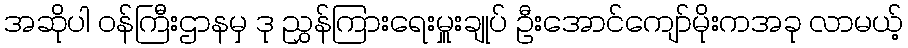
အဆိုပါ ဝန်ကြီးဌာနမှ ဒု ညွှန်ကြားရေးမှူးချုပ် ဦးအောင်ကျော်မိုးကအခု လာမယ့်